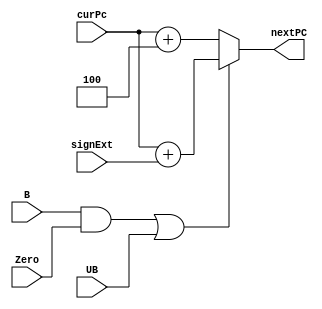
`timescale 1ns / 1ps

module PCControl(
output reg [63:0] nextPC, 
input [63:0] curPc, signExt, 
input B, UB, Zero);
always @(*) begin
	if((B&Zero)|UB) 
		nextPC = curPc + signExt;
	else
		nextPC = curPc + 4;
end
endmodule